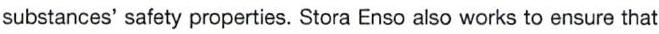
substances' safety properties. Stora Enso also works to ensure that